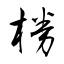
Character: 椦